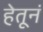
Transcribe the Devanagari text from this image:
हेतूनं